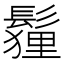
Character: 𩮞